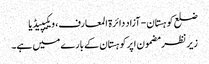
ضلع کوہستان - آزاد دائرۃ المعارف، ویکیپیڈیا
زیر نظر مضمون اپرکوہستان کے بارے میں ہے۔